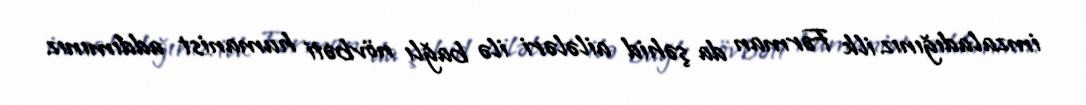
imzaladığınız ilk Fərman da şəhid ailələri ilə bağlı növbəti humanist addımınız